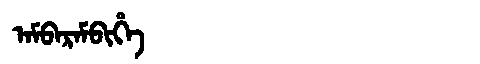
Manchu: ᠠᠮᠪᠠᡵᠠᠮᠪᡳᡥᡝ
Romanization: AMBARAMBIHE